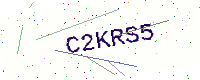
Text: C2KRS5